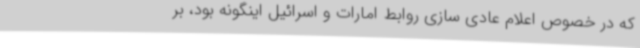
که در خصوص اعلام عادی سازی روابط امارات و اسرائیل اینگونه بود، بر